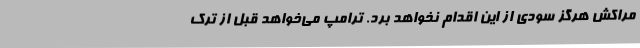
مراکش هرگز سودی از این اقدام نخواهد برد. ترامپ می‌خواهد قبل از ترک